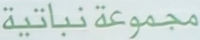
مجموعةنباتية